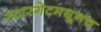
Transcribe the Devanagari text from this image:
स्टारगेटमधूनच